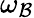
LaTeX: \omega_{\mathcal{B}}